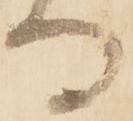
る